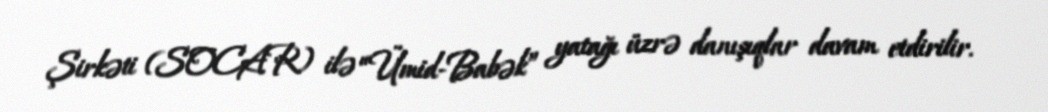
Şirkəti (SOCAR) ilə “Ümid-Babək” yatağı üzrə danışıqlar davam etdirilir.